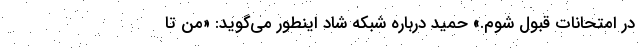
در امتحانات قبول شوم.» حمید درباره شبکه شاد اینطور می‌گوید: «من تا